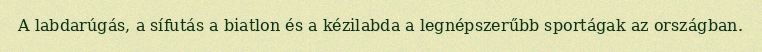
A labdarúgás, a sífutás a biatlon és a kézilabda a legnépszerűbb sportágak az országban.